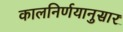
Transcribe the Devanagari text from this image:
कालनिर्णयानुसार